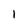
Character: I